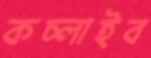
কচ্‌লাইব